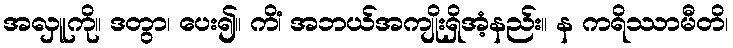
အလှူကို။ ဒတွာ၊ ပေး၍။ ကိံ၊ အဘယ်အကျိုးရှိအံ့နည်း။ န ကရိဿာမီတိ၊